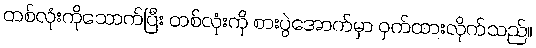
တစ်လုံးကိုသောက်ပြီး တစ်လုံးကို စားပွဲအောက်မှာ ဝှက်ထားလိုက်သည်။